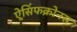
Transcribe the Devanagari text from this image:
ऐसिंफक्रोनस